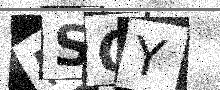
Text: RSQY